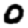
Digit: 0